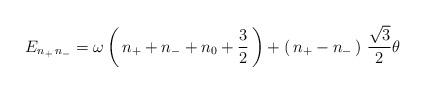
LaTeX: \begin{align*}E_{n_+\, n_-}= \omega\left(\, n_+ + n_- +n_0 +{3\over 2 }\,\right) +\left(\, n_+ - n_-\, \right)\, \frac{\sqrt 3}{2}\theta \end{align*}